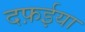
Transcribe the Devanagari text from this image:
दफ़ईया